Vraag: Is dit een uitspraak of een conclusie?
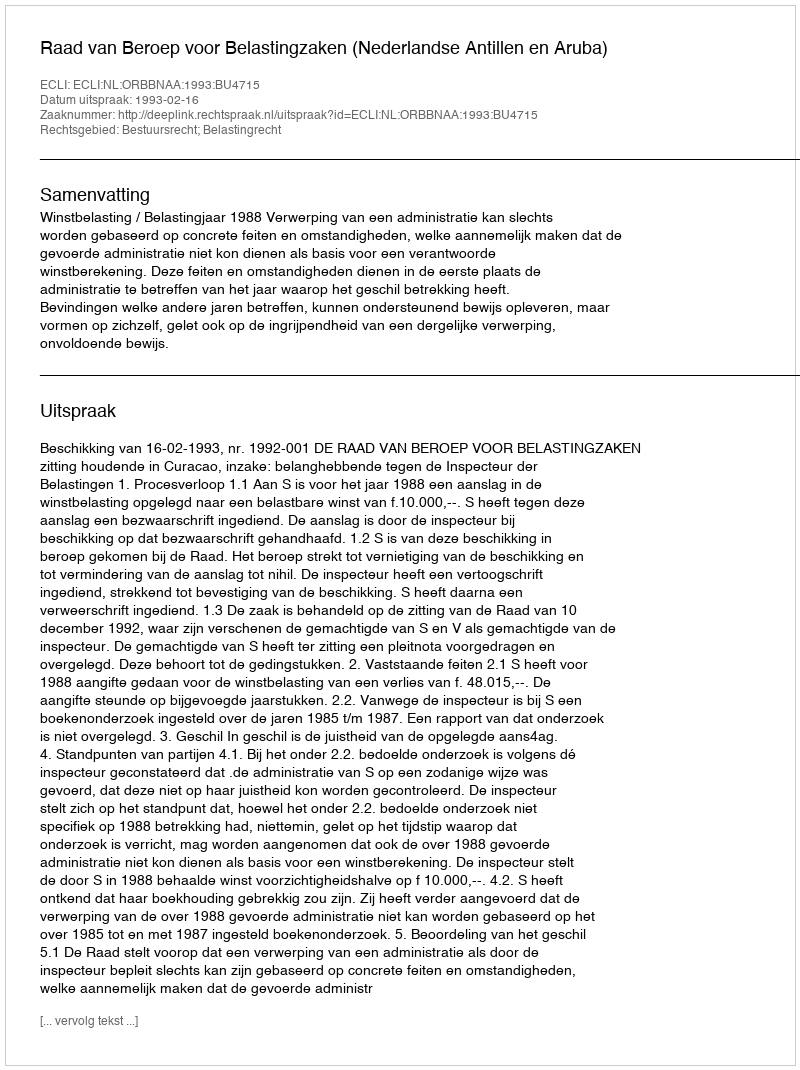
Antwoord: Uitspraak